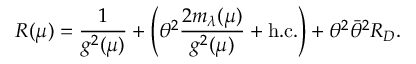
R ( \mu ) = \frac { 1 } { g ^ { 2 } ( \mu ) } + \left( \theta ^ { 2 } \frac { 2 m _ { \lambda } ( \mu ) } { g ^ { 2 } ( \mu ) } + \mathrm { h . c . } \right) + \theta ^ { 2 } \bar { \theta } ^ { 2 } R _ { D } .